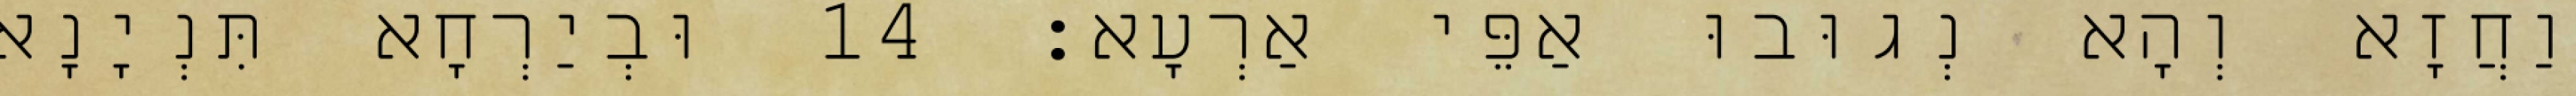
וַחֲזָא וְהָא נְגוּבוּ אַפֵּי אַרְעָא׃ 14 וּבְיַרְחָא תִּנְיָנָא